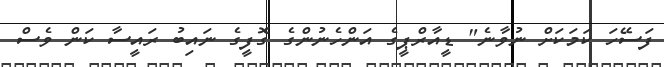
ފަސޭހަ ކަމަކަށް ނުވާނެ" ޑީއާރްޕީގެ އަންހެނުންގެ ގޮފީގެ ނައިބު ރައީސާ ކަން ވެސް